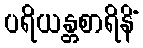
ပရိယန္တစာရိနိံ